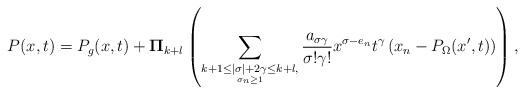
LaTeX: \begin{align*} P(x,t)=P_g(x,t)+\mathbf{\Pi}_{k+l}\left(\sum_{\mathop{k+1\leq |\sigma|+2\gamma\leq k+l,}\limits_{\sigma_n\geq 1}} \frac{a_{\sigma\gamma}}{\sigma!\gamma !}x^{\sigma-e_n}t^{\gamma}\left(x_n-P_{\Omega}(x',t)\right)\right),\end{align*}